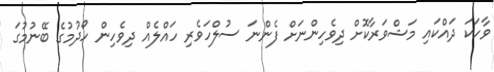
ވާހަކަ ދައްކައި މަޝްވަރާކޮށް ދިވެހިންނަށް ފެންނަ ސުލްހަވެރި ހައްލެއް ދިވެހިން ހޯދުމުގެ ބޭނުމުގަ